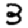
Digit: 3